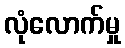
လုံလောက်မှု